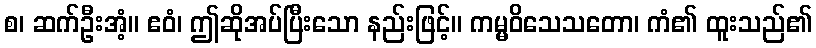
စ၊ ဆက်ဦးအံ့။ ဧဝံ၊ ဤဆိုအပ်ပြီးသော နည်းဖြင့်။ ကမ္မဝိသေသတော၊ ကံ၏ ထူးသည်၏